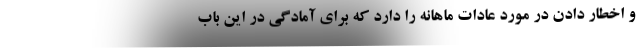
و اخطار دادن در مورد عادات ماهانه را دارد که برای آمادگی در این باب